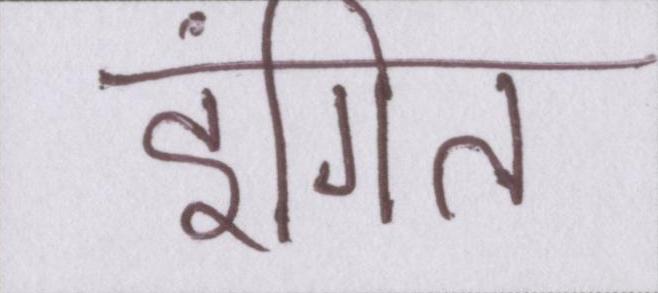
इंगित